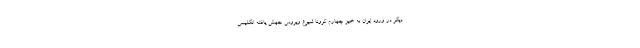
دیگر در ورود ایران به خیز چهارم کرونا شیوع ویروس جهش یافته انگلیسی